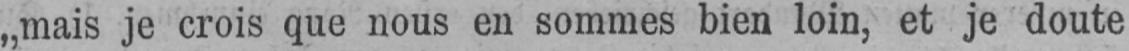
„mais je crois que nous en sommes bien loin, et je doute